Malarial fevers
Disease focus: Malaria
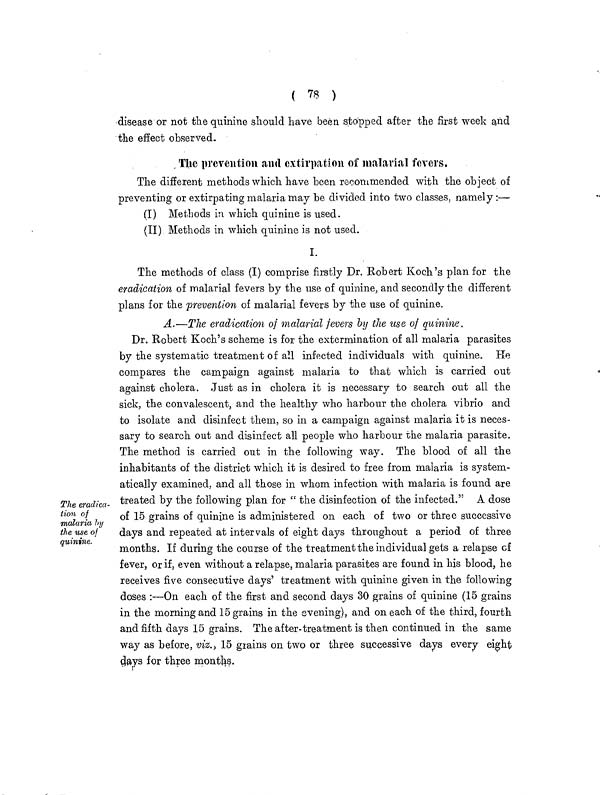
( 78 )
disease or not the quinine should have been stopped after the first week and
the effect observed.
The prevention and extirpation of malarial fevers.
The different methods which have been recommended with the object of
preventing or extirpating malaria may be divided into two classes, namely:—
(I) Methods in which quinine is used.
(II) Methods in which quinine is not used.
I.
The methods of class (I) comprise firstly Dr. Robert Koch's plan for the
eradication of malarial fevers by the use of quinine, and secondly the different
plans for the prevention of malarial fevers by the use of quinine.
A.—The eradication of malarial fevers % the use of quinine.
The eradica-
tion of
malaria by
the use of
quinine.
Dr. Robert Koch's scheme is for the extermination of all malaria parasites
by the systematic treatment of all infected individuals with quinine. He
compares the campaign against malaria to that which is carried out
against cholera. Just as in cholera it is necessary to search out all the
sick, the convalescent, and the healthy who harbour the cholera vibrio and
to isolate and disinfect them, so in a campaign against malaria it is neces-
sary to search out and disinfect all people who harbour the malaria parasite.
The method is carried out in the following way. The blood of all the
inhabitants of the district which it is desired to free from malaria is system-
atically examined, and all those in whom infection with malaria is found are
treated by the following plan for " the disinfection of the infected." A dose
of 15 grains of quinine is administered on each of two or three successive
days and repeated at intervals of eight days throughout a period of three
months. If during the course of the treatment the individual gets a relapse of
fever, or if, even without a relapse, malaria parasites are found in his blood, he
receives five consecutive days' treatment with quinine given in the following
doses :—On each of the first and second days 30 grains of quinine (15 grains
in the morning and 15 grains in the evening), and on each of the third, fourth
and fifth days 15 grains. The after-treatment is then continued in the same
way as before, viz., 15 grains on two or three successive days every eight
days for three months.